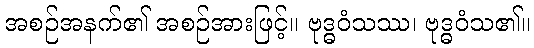
အစဉ်အနက်၏ အစဉ်အားဖြင့်။ ဗုဒ္ဓဝံသဿ၊ ဗုဒ္ဓဝံသ၏။